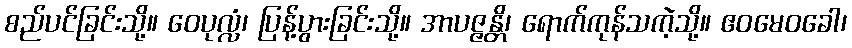
စည်ပင်ခြင်းသို့။ ဝေပုလ္လံ၊ ပြန့်ပွားခြင်းသို့။ အာပဇ္ဇန္တိ၊ ရောက်ကုန်သကဲ့သို့။ ဧဝမေဝခေါ၊